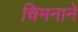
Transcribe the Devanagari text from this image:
चिमनाने